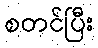
စတင်ပြီး